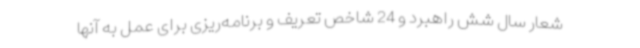
شعار سال شش راهبرد و 24 شاخص تعریف و برنامه‌ریزی برای عمل به آنها